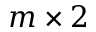
m \times 2